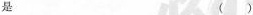
是 （）